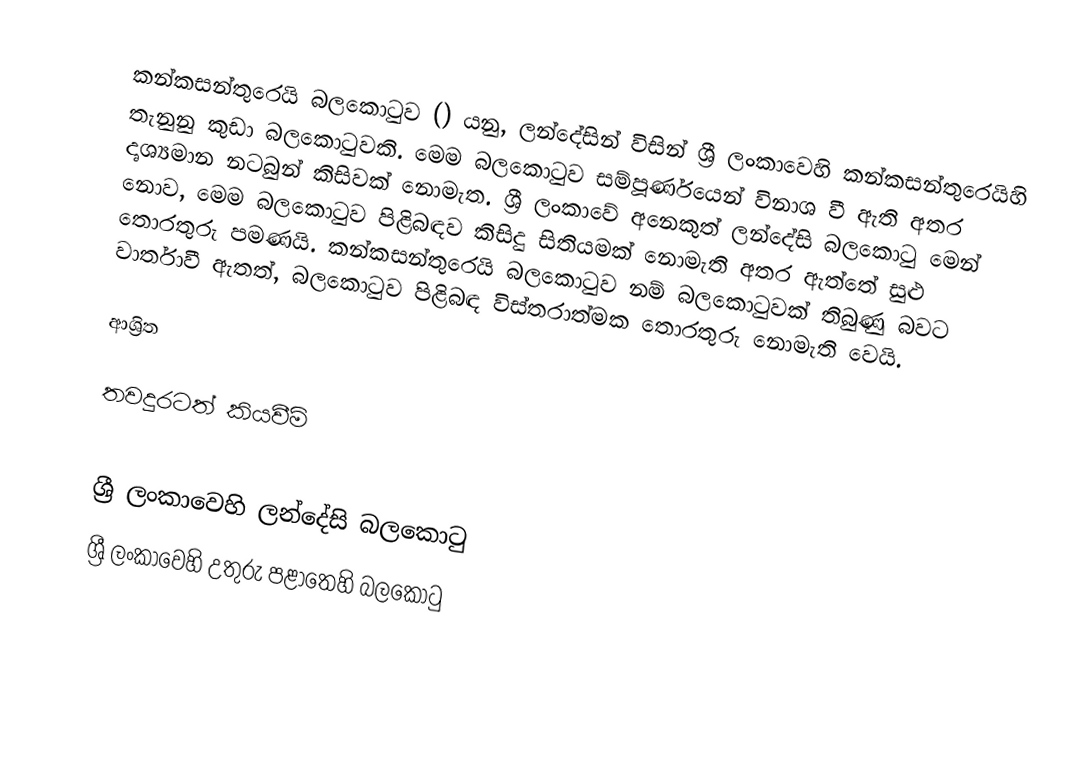
කන්කසන්තුරෙයි බලකොටුව  () යනු,  ලන්දේසින් විසින්  ශ්‍රී ලංකාවෙහි කන්කසන්තුරෙයිහි තැනුනු කුඩා බලකොටුවකි. මෙම බලකොටුව සම්පූර්ණයෙන් විනාශ වී ඇති අතර දෘශ්‍යමාන නටබුන් කිසිවක් නොමැත. ශ්‍රී ලංකාවේ අනෙකුත් ලන්දේසි බලකොටු මෙන් නොව, මෙම බලකොටුව පිළිබඳව කිසිදු සිතියමක් නොමැති අතර ඇත්තේ සුළු තොරතුරු පමණයි. කන්කසන්තුරෙයි බලකොටුව නම් බලකොටුවක් තිබුණු බවට වාර්තාවී ඇතත්, බලකොටුව පිළිබඳ විස්තරාත්මක තොරතුරු නොමැති වෙයි.

ආශ්‍රිත

තවදුරටත් කියවීම්

ශ්‍රී ලංකාවෙහි ලන්දේසි බලකොටු
ශ්‍රී ලංකාවෙහි උතුරු පළාතෙහි බලකොටු